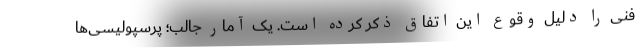
فنی را دلیل وقوع این اتفاق ذکر کرده است. یک آمار جالب؛ پرسپولیسی‌ها